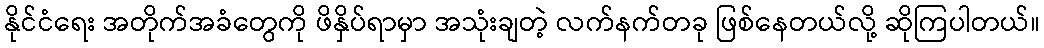
နိုင်ငံရေး အတိုက်အခံတွေကို ဖိနှိပ်ရာမှာ အသုံးချတဲ့ လက်နက်တခု ဖြစ်နေတယ်လို့ ဆိုကြပါတယ်။